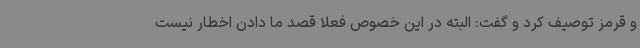
و قرمز توصیف کرد و گفت: البته در این خصوص فعلا قصد ما دادن اخطار نیست